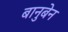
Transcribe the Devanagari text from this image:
बानुबेन